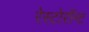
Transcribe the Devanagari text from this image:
रेस्टोरॉन्ट